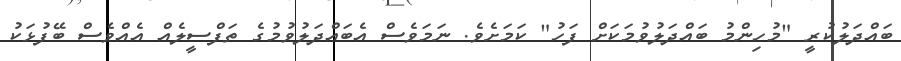
ބައްދަލުކުރީ "މުހިންމު ބައްދަލުވުމަކަށް ފަހު" ކަމަށެވެ. ނަމަވެސް އެބައްދަލުވުމުގެ ތަފްސީލެއް އެއްވެސް ބޭފުޅަކު